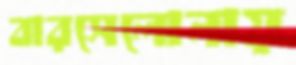
বারসেলোনায়